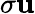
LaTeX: \sigma\mathbf{u}